Vaccination in Burma 1920-1933 - 1920-1933
Year: 1920
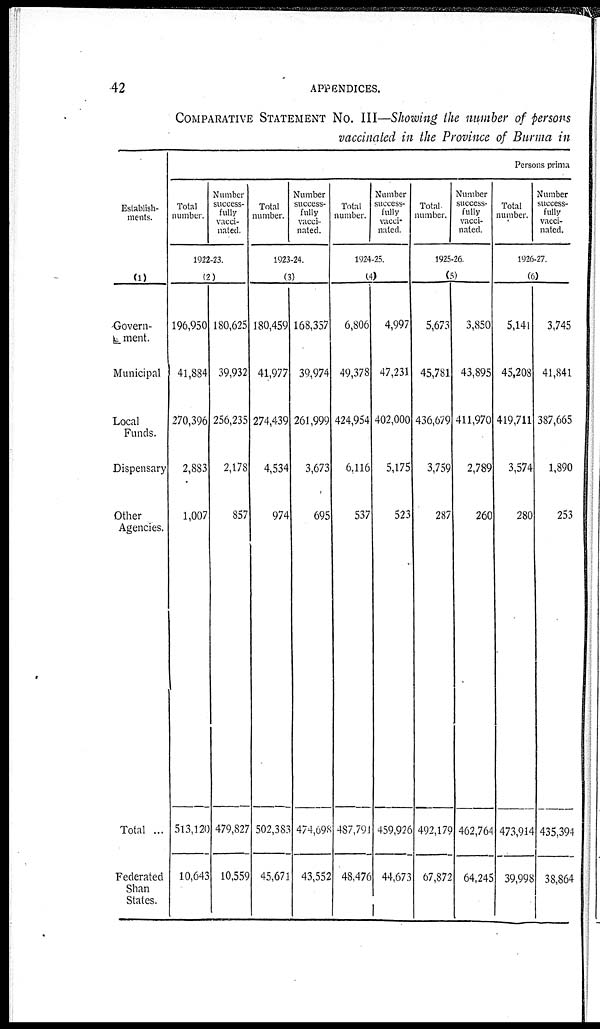
42
APPENDICES.
COMPARATIVE STATEMENT NO. III—Showing the number of persons
vaccinated in the Province of Burma in
Establish-
ments.
(1)
Govern-
ment.
Municipal
Local
Funds.
Dispensary
Other
Agencies.
Total ...
Federated
Shan
States.
Persons prima
Total
number.
Number
success-
fully
vacci-
nated.
1922-23.
(2)
196,950
41,884
270,396
2,883
1,007
513,120
10,643
180,625
39,932
256,235
2,178
857
479,827
10,559
Total
number.
Number
success-
fully
vacci-
nated.
1923-24.
(3)
180,459
41,977
274,439
4,534
974
502,383
45,671
168,357
39,974
261,999
3,673
695
474,698
43,552
Total
number.
Number
success-
fully
vacci-
nated.
1924-25.
(4)
6,806
49,378
424,954
6,116
537
487,791
48,476
4,997
47,231
402,000
5,175
523
459,926
44,673
Total
number.
Number
success-
fully
vacci-
nated.
1925-26.
(5)
5,673
45,781
436,679
3,759
287
492,179
67,872
3,850
43,895
411,970
2,789
260
462,764
64,245
Total
number.
Number
success-
fully
vacci-
nated.
1926-27.
(6)
5,141
45,208
419,711
3,574
280
473,914
39,998
3,745
41,841
387,665
1,890
253
435,394
38,864